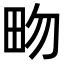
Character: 𤰿